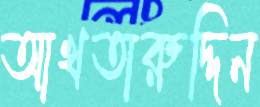
আখতারুদ্দিন